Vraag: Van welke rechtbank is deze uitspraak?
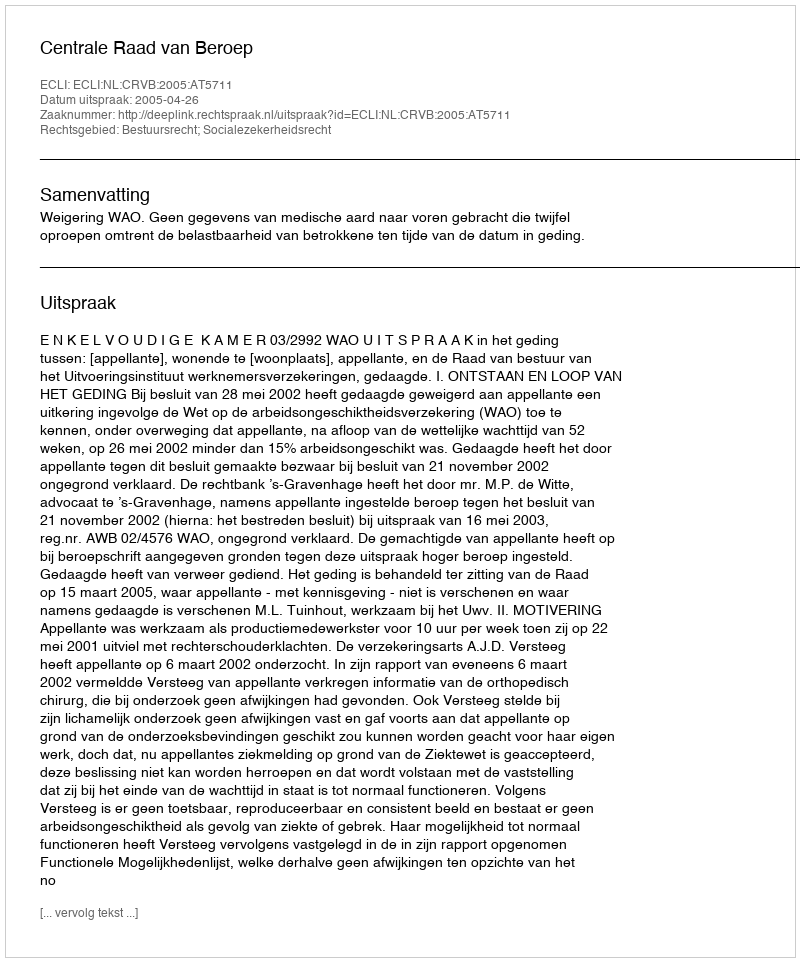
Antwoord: Centrale Raad van Beroep